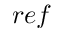
r e f